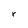
Character: r